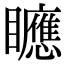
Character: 𥌾